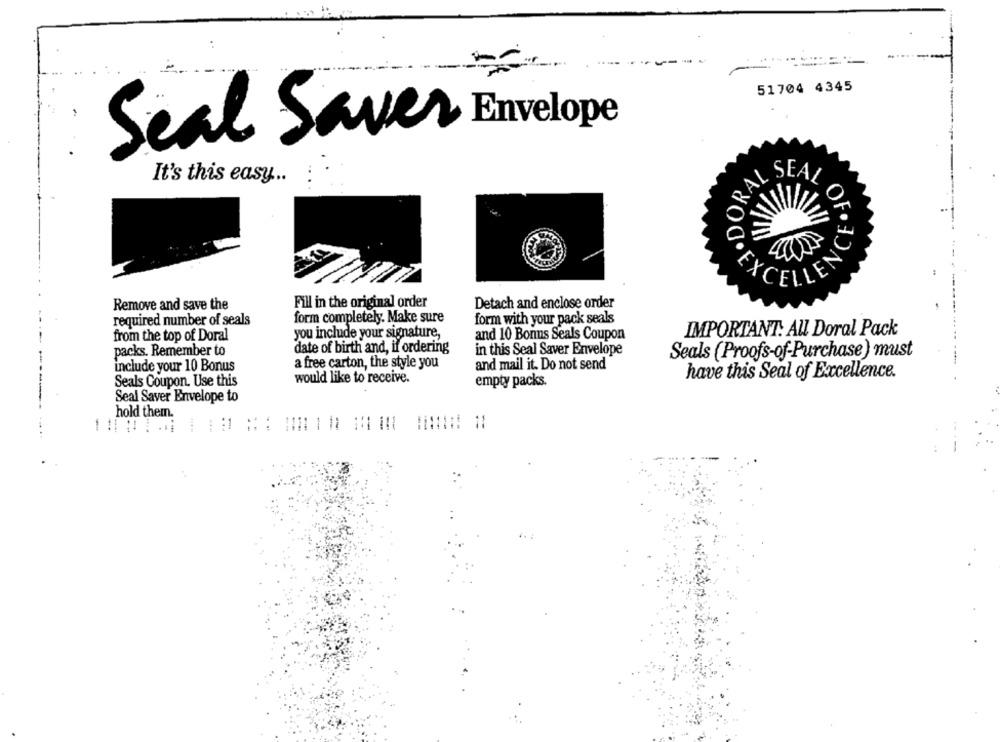
51704 4345
Seal Saver Envelope
It's this easy ..
RAL SEAL
CELLEN
Fill in the original order
Detach and enclose order
Remove and save the
form completely. Make sure
form with your pack seals
required number of seals
you include your signature,
IMPORTANT: All Doral Pack
from the top of Doral
and 10 Bonus Seals Coupon
date of birth and, if ordering
packs. Remember to
in this Seal Saver Envelope
Seals (Proofs-of-Purchase) must
a free carton, the style you
include your 10 Bonus
and mail it. Do not send
would like to receive.
have this Seal of Excellence.
Seals Coupon. Use this
empty packs.
Seal Saver Envelope to
hold them.
.1